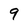
Character: 9